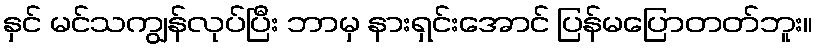
နှင် မင်သကျွန်လုပ်ပြီး ဘာမှ နားရှင်းအောင် ပြန်မပြောတတ်ဘူး။